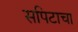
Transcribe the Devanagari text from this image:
सपिटाचा